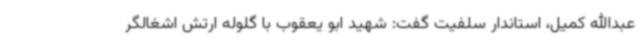
عبدالله کمیل، استاندار سلفیت گفت: شهید ابو یعقوب با گلوله ارتش اشغالگر